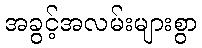
အခွင့်အလမ်းများစွာ